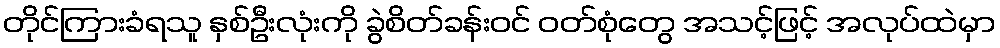
တိုင်ကြားခံရသူ နှစ်ဦးလုံးကို ခွဲစိတ်ခန်းဝင် ဝတ်စုံတွေ အသင့်ဖြင့် အလုပ်ထဲမှာ